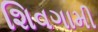
શિવગામી